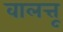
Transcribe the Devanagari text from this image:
वालत्तू